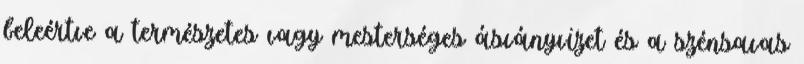
beleértve a természetes vagy mesterséges ásványvizet és a szénsavas